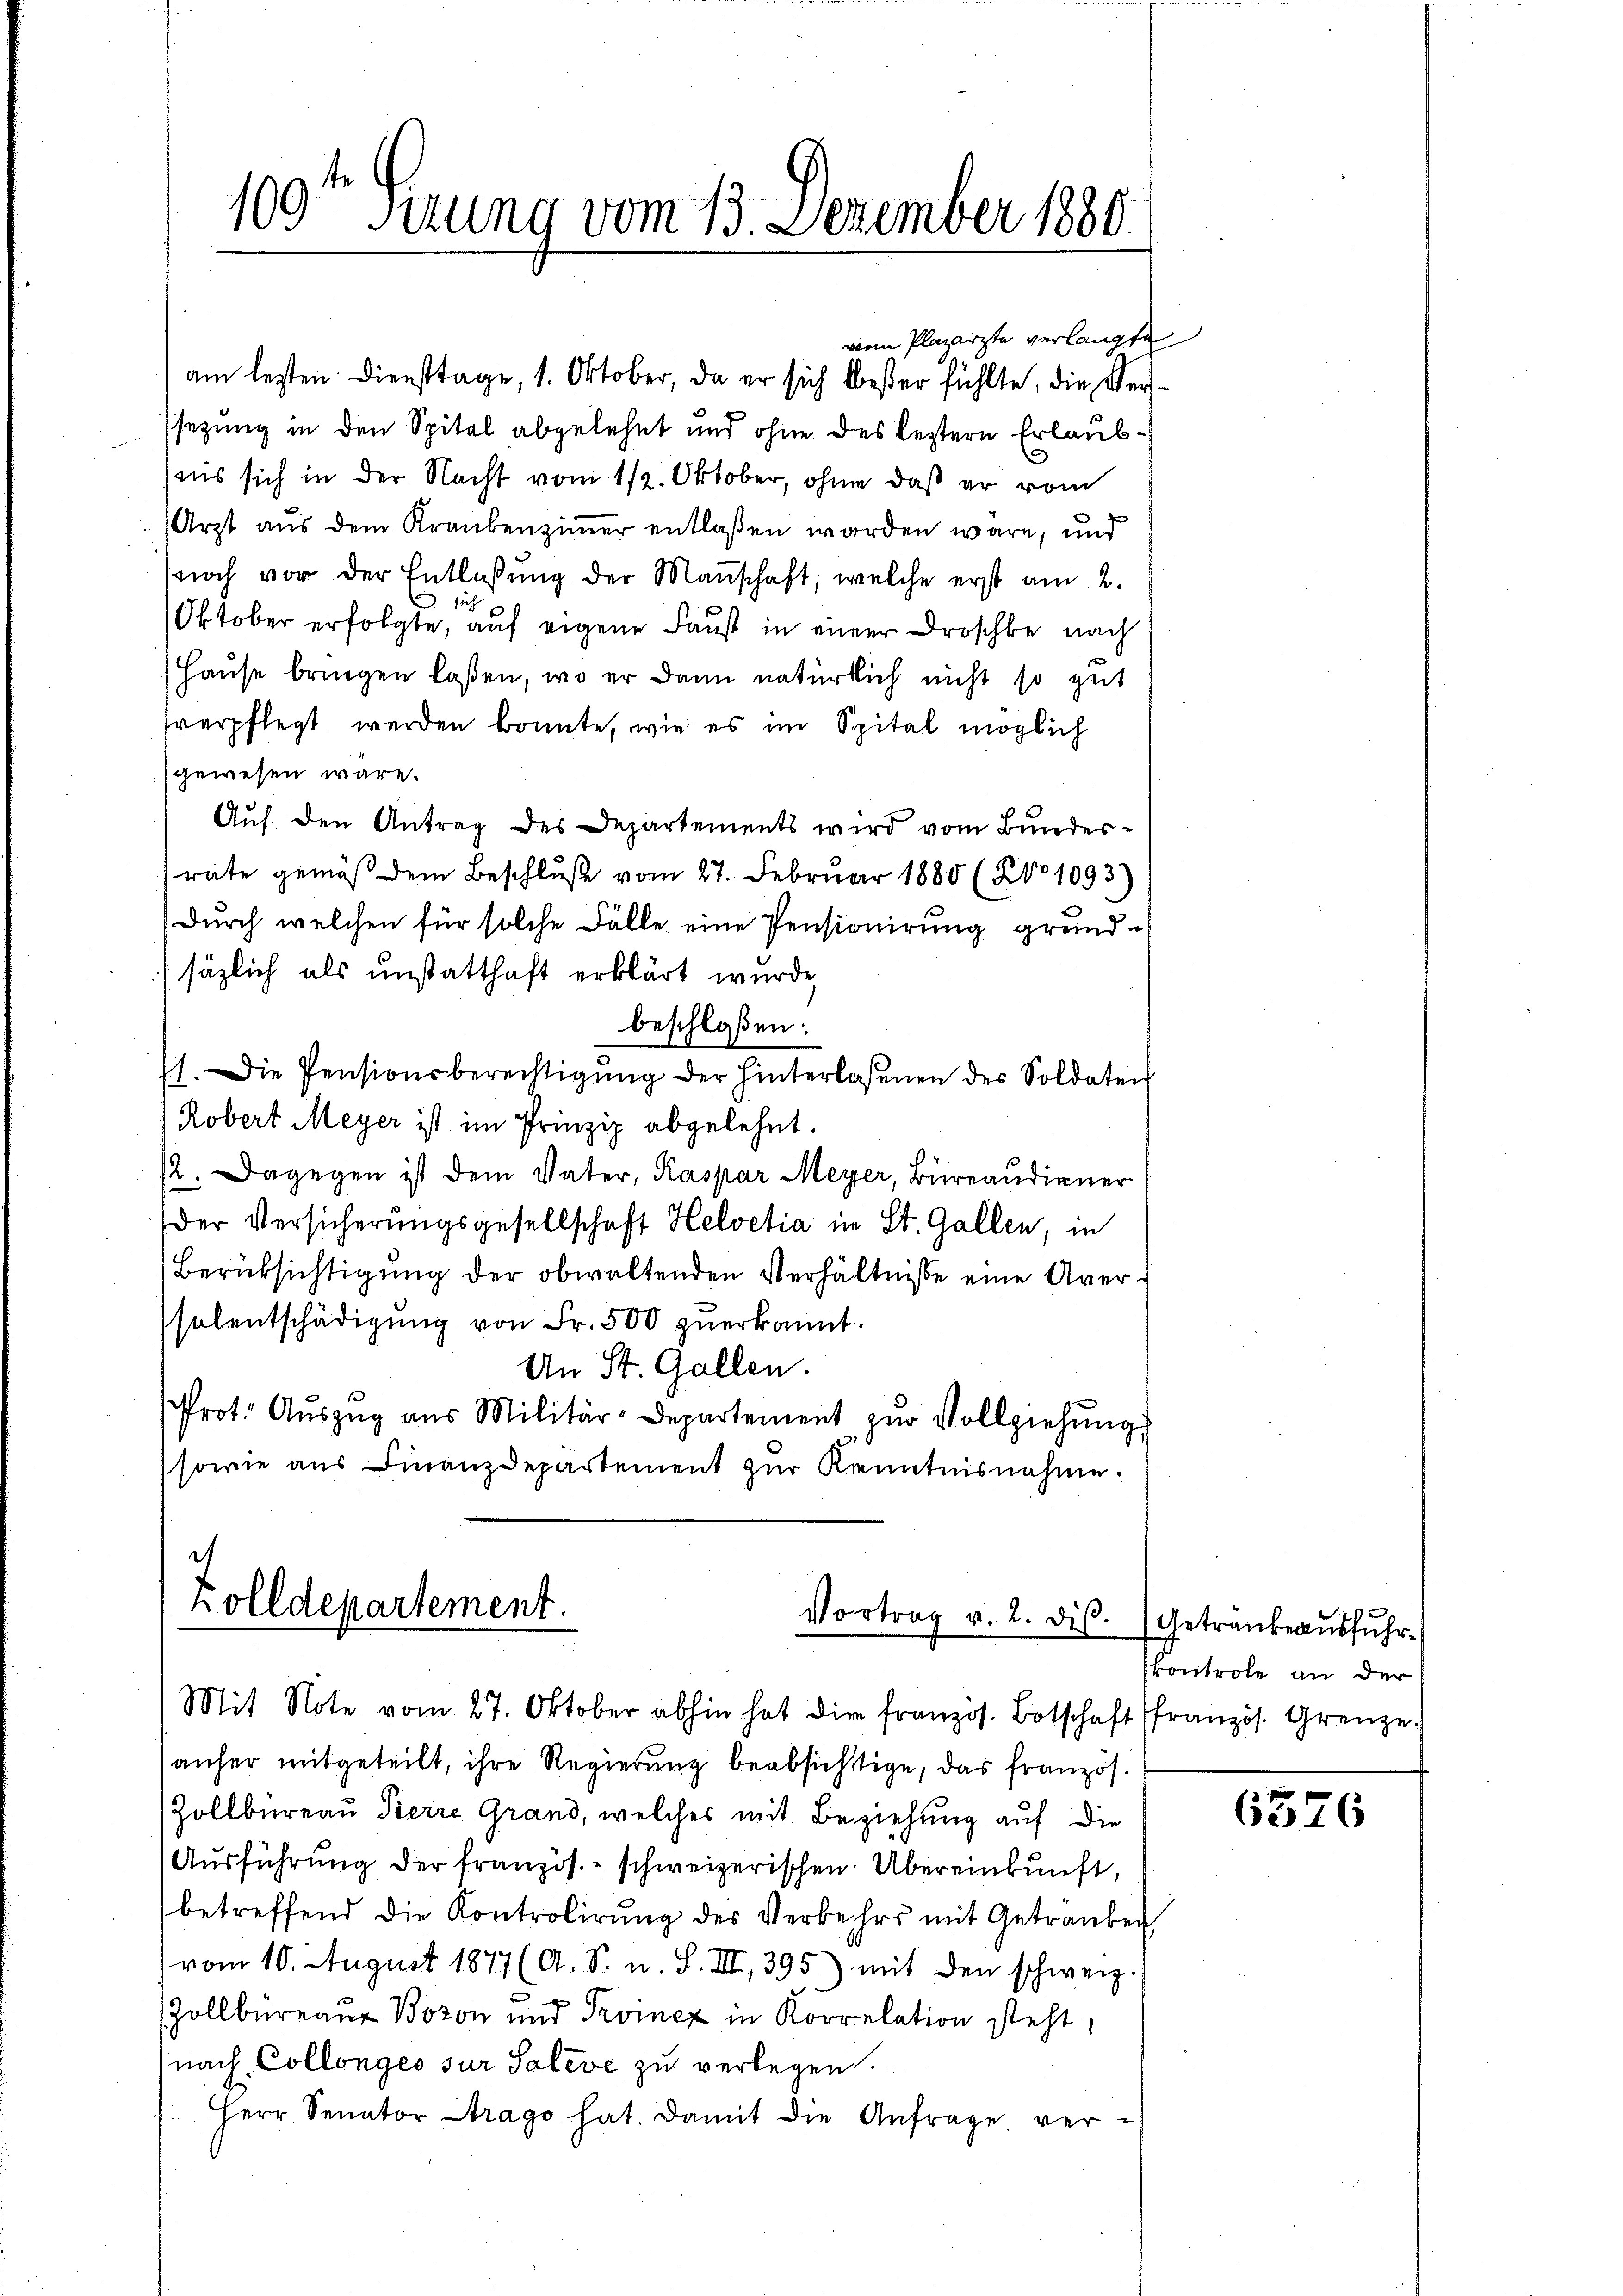
100ten Perung vom 13. Dezember 1880.

Zolldepartement.
Vortrag v. 2. dis.
Mit Note vom 27. Oktober abhin hat die französ. Botschaft französ. Grenze.

vom Plazarzte verlangte
am lezten Diensttage, 1. Oktober, da er sich bester fühlte, die Versezung in den Spital abgelehnt und ohne des leztere Erlaubiis sich in der Nacht vom 12. Oktober, ohne daß er vom
Arzt aus dem Krankenzimmer entlaßen worden wäre, und
noch vor der Entlaßung der Maṅschaft, welche erst am 2.
e
Oktober erfolgte, auf eigene Faust in einer Droschke nach
Hause bringen laßen, wo er dann natürlich nicht so gut
sverpflegt werden konnte, wie es im Spital möglich
gewesen wäre.
Auf den Antrag des Departements wird vom Bundesrate gemäß dem Beschluße vom 27. Februar 1885 (201093)
Durch welchen für solche Fälle eine Pensionirung grundsäzlich als unstatthaft erklärt wurde,
beschloßen:
11. Die Pensionsberechtigŭng der hinterlassenen des Soldaten
Robert Meyer ist im Prinzip abgelehnt.
12. Dagegen ist dem Vater, Kaspar Meyer, Bureaudiener
der Versicherungsgesellschaft Helvetia in St. Gallen, in
Berüksichtigung der obwaltenden Verhältnisse eine Averselentschädigung von Fr. 500 zuerkannt.
An St. Gallen.
Prot. Aŭszŭg aus Militär-Departement zŭr Vollziehung
sowie aus Finanzdepartement zur Kenntnisnahme.

anher mitgeteilt, ihre Regierung beabsichtige, das französ.
Zollbüreau Pierre Grand, welches mit Beziehung auf die
Ausführung der französ. - schweizerischen Übereinkunft,
betreffend die Kontrolirŭng des Verkehrs mit Getranken,
vom 10. August 1877 (A. S. u. S. III 395) mit den schweiz.
Zollbüreau Bozon und Troinez in Korrelation steht,
nach Collonges sur Saleve zu verlegen.
Herr Senator trago hat. Damit die Anfrage ver¬

Getranke ausfuhrkontrole an der

6376